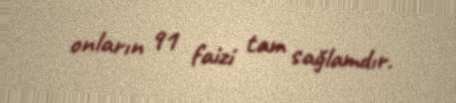
onların 91 faizi tam sağlamdır.